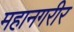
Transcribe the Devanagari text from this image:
महानगरीर